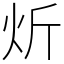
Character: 炘